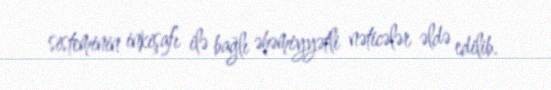
sisteminin inkişafı ilə bağlı əhəmiyyətli nəticələr əldə edilib.